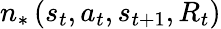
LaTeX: {n_{*}}\left({{s_{t}},{a_{t}},{s_{t+1}},{R_{t}}}\right)